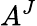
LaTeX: A^{J}